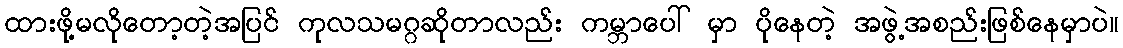
ထားဖို့မလိုတော့တဲ့အပြင် ကုလသမဂ္ဂဆိုတာလည်း ကမ္ဘာပေါ် မှာ ပိုနေတဲ့ အဖွဲ့အစည်းဖြစ်နေမှာပဲ။